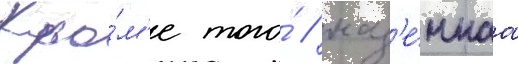
Кро́м'е того́ / наз'е́мнаа